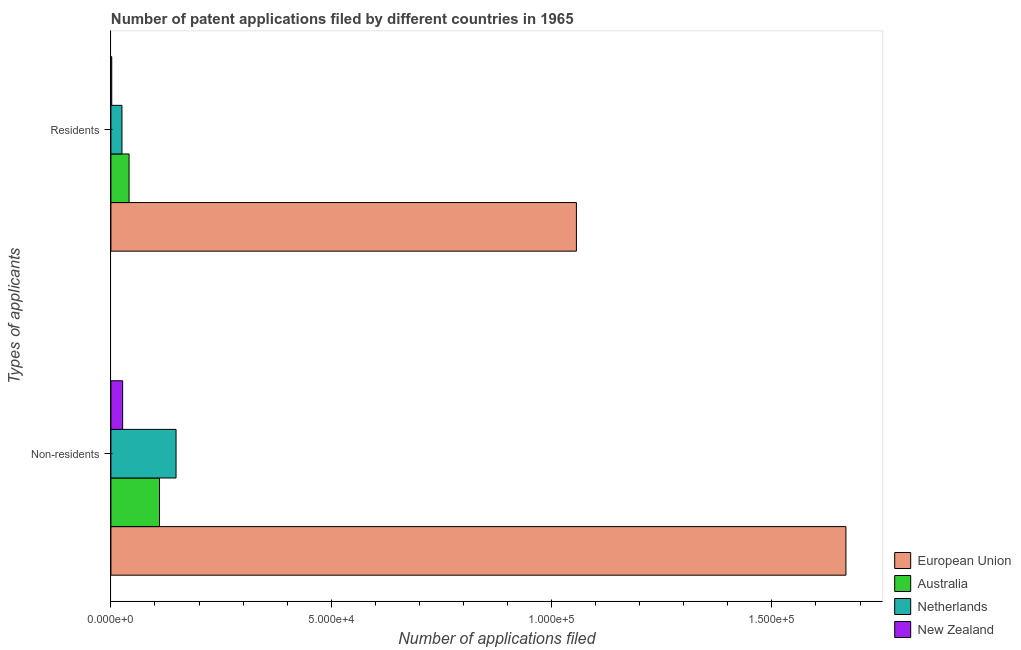
| Types of applicants | European Union | Australia | Netherlands | New Zealand |
 | --- | --- | --- | --- | --- |
 | Non-residents | 1.67e+05 | 1.1e+04 | 1.48e+04 | 2.66e+03 |
 | Residents | 1.06e+05 | 4.12e+03 | 2.50e+03 | 188 |